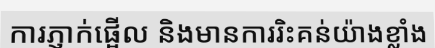
ការភ្ញាក់ផ្អើល និងមានការរិះគន់យ៉ាងខ្លាំង